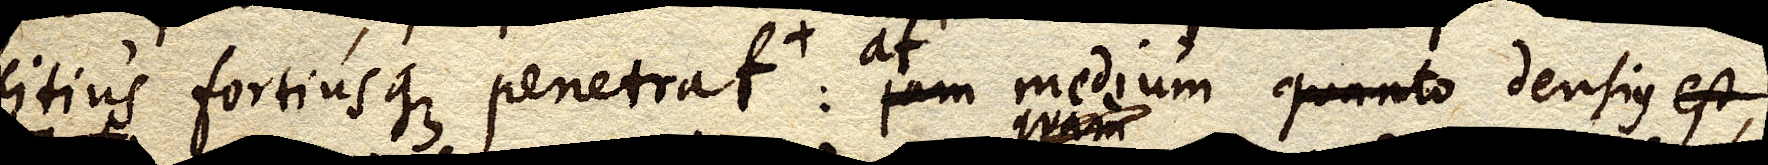
citius fortiusque penetrat+: at jam medium quanto densius est,